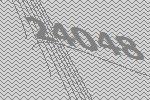
24048